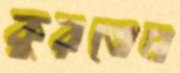
কুরতেম